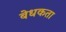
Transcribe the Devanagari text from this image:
बेधकता